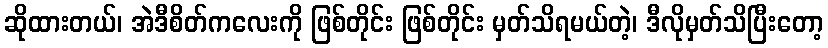
ဆိုထားတယ်၊ အဲဒီစိတ်ကလေးကို ဖြစ်တိုင်း ဖြစ်တိုင်း မှတ်သိရမယ်တဲ့၊ ဒီလိုမှတ်သိပြီးတော့